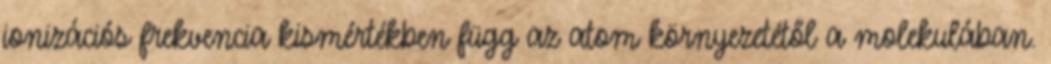
ionizációs frekvencia kismértékben függ az atom környezetétől a molekulában.